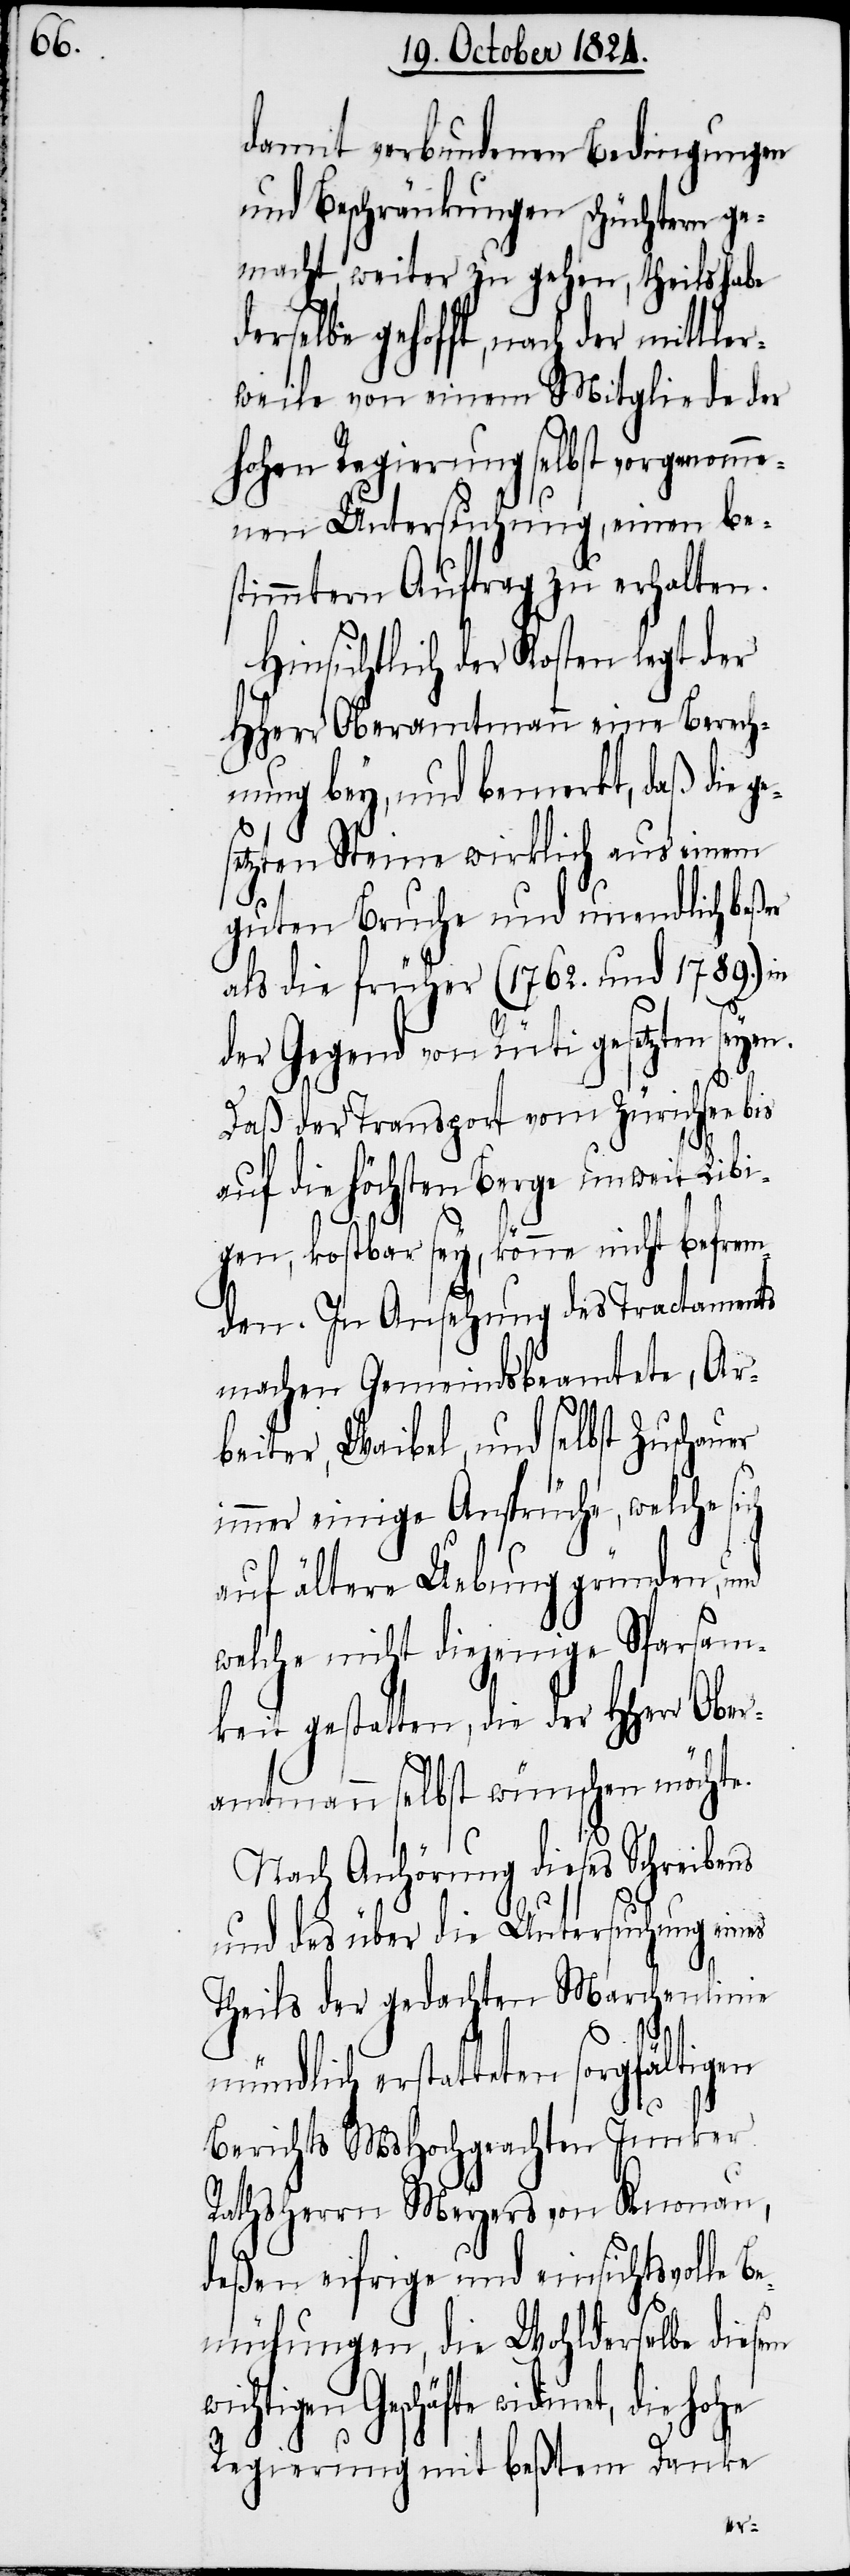
damit verbundenen Bedingungen
und Beschränkungen schüchtern ge¬
macht, weiter zu gehen, theils habe
weile von einem Mitgliede der
hohen Regierung selbst vorgenomme¬
nen Untersuchung, einen bes¬
timmten Auftrag zu erhalten.
Hinsichtlich der Kosten legt der
HHerr Oberamtmann eine Berech¬
nung bey, und bemerkt, daß die
etzten Steine wirklich aus einem
guten Bruche und unendlich beßer
als die früher (1762. und 1789.) in
der Gegend von Rüti gesetzten seyen.
Daß der Transport vom Zürichsee
auf die höchsten Berge unweit Libi¬
mit¬
gen, kostbar sey, könne nicht befrem¬
den. In Ansehung des Tractaments
machen Gemeindsbeamtete, Ar¬
beiter, Weibel, und selbst Zuschauer
immer einige Ansprüche, welche si¬
auf ältere Uebung gründen, und
welche nicht diejenige Sparsam¬
keit gestatten, die der HHerr Ober¬
amtmann selbst wünschen möchte.
ch
Nach Anhörung dieses Schreibens
und des über die Untersuchung eines
Theils der gedachten Marchenlinie
ges¬
mündlich erstatteten sorgfältigen
Berichts MsHochgeachten Junker
Rathsherrn Meyers von Knonau,
deßen eifrige und einsichtsvolle B¬
emühungen, die Wohlderselbe diesem
wichtigen Geschäfte widmet, die hohe
Regierung mit beßtem Danke
tler¬